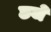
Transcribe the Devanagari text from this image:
छजे